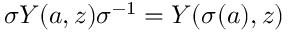
\sigma Y ( a , z ) \sigma ^ { - 1 } = Y ( \sigma ( a ) , z )